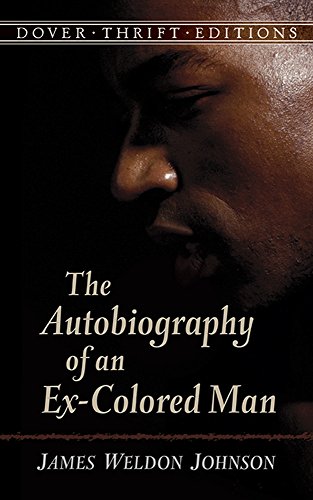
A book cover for The Autobiography of an Ex-Colored Man (Dover Thrift Editions); James Weldon Johnson; Biographies & Memoirs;